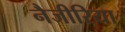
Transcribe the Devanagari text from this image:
नैजीरिया